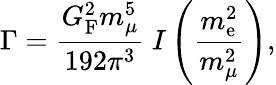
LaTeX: \Gamma={\frac{G_{\mathrm{F}}^{2}m_{\mu}^{5}}{192\pi^{3}}}~I\left({\frac{m_{\mathrm{e}}^{2}}{m_{\mu}^{2}}}\right),